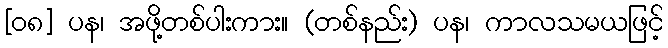
[၀၈] ပန၊ အဖို့တစ်ပါးကား။ (တစ်နည်း) ပန၊ ကာလသမယဖြင့်